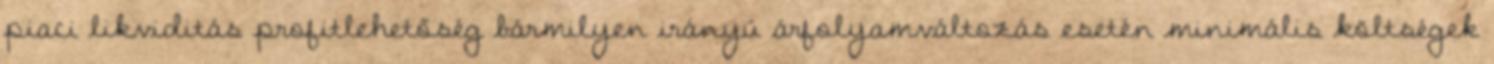
piaci likviditás profitlehetőség bármilyen irányú árfolyamváltozás esetén minimális költségek